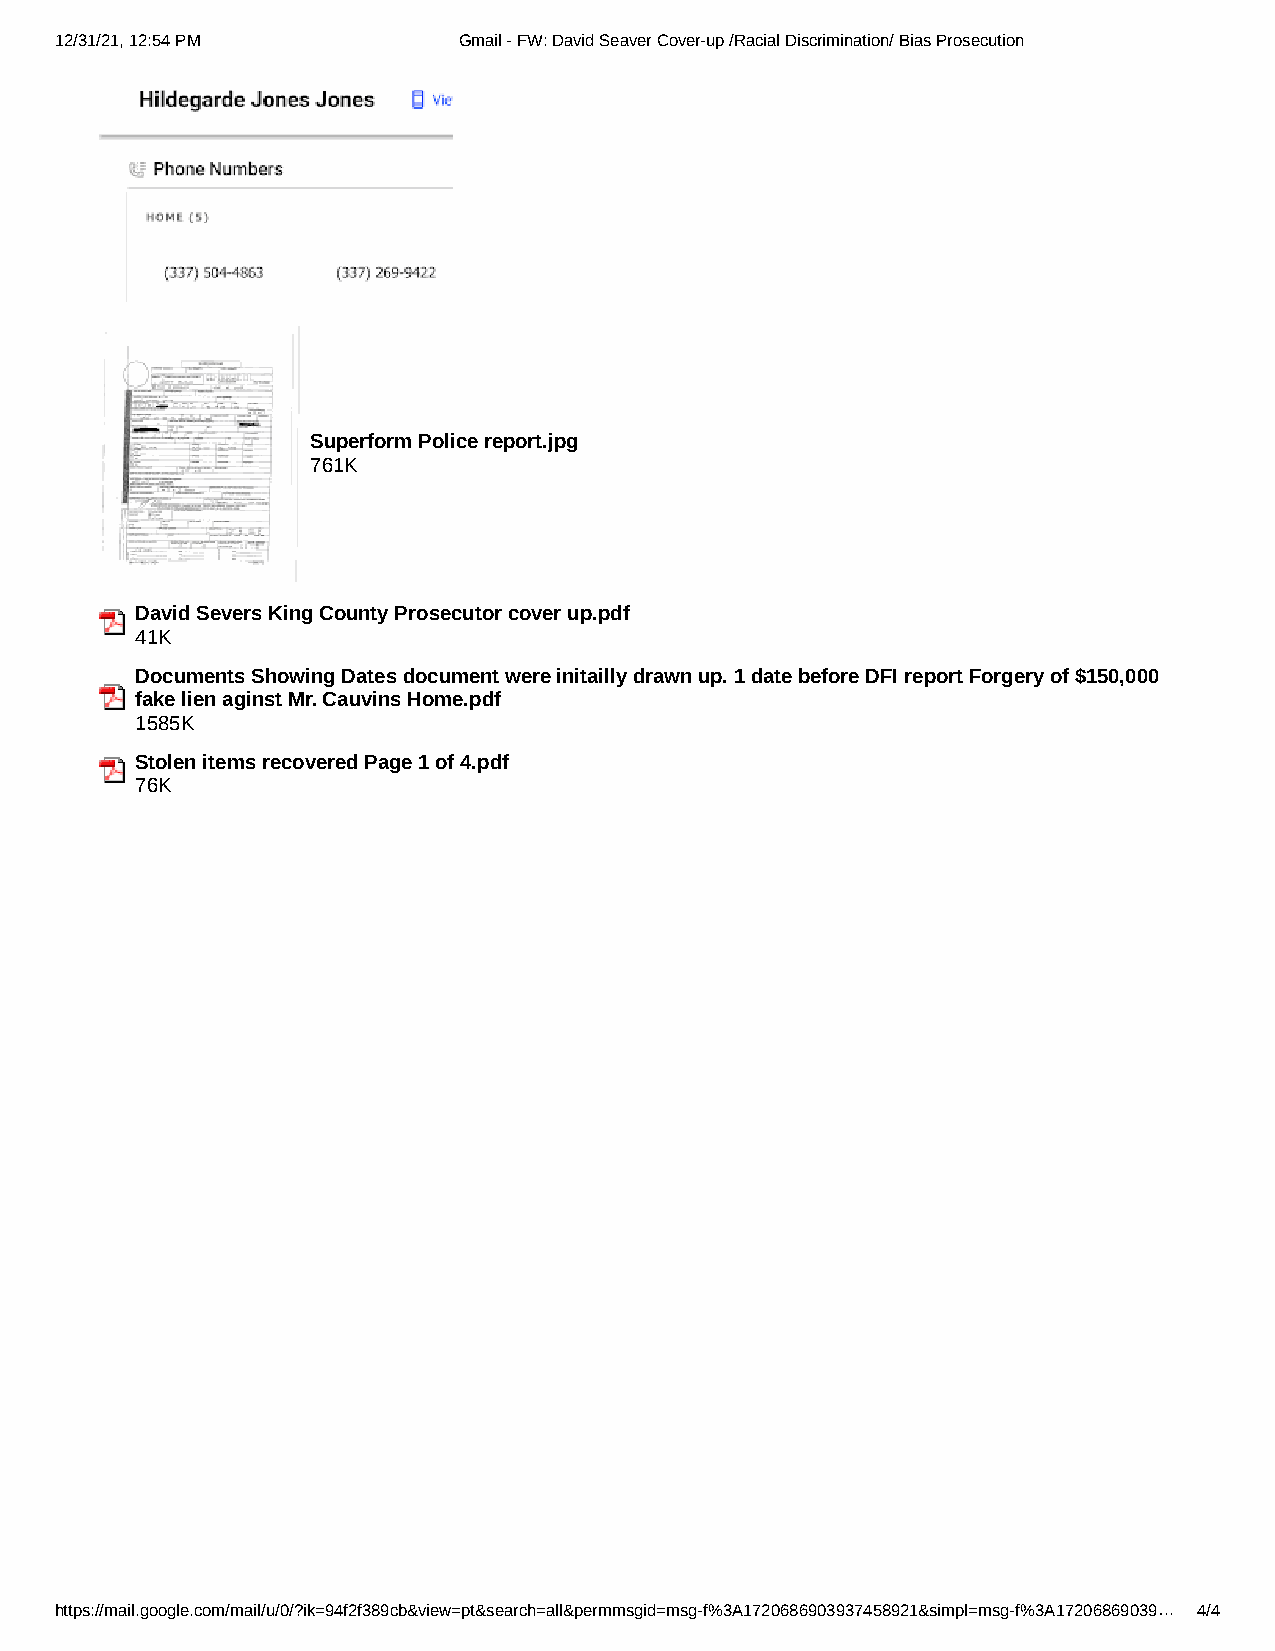
12/31/21, 12:54 PM        Gmail - FW: David Seaver Cover-up /Racial Discrimination/ Bias Prosecution
 Superform Police report.jpg
 761K
 David Severs King County Prosecutor cover up.pdf
 41K
 Documents Showing Dates document were initailly drawn up. 1 date before DFI report Forgery of $150,000
 fake lien aginst Mr. Cauvins Home.pdf
 1585K
 Stolen items recovered Page 1 of 4.pdf
 76K
 https://mail.google.com/mail/u/0/?ik=94f2f389cb&view=pt&search=all&permmsgid=msg-f%3A1720686903937458921&simpl=msg-f%3A17206869039… 4/4